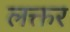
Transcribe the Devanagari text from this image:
लक्तर